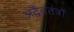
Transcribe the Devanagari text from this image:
अद्वैततंत्रों